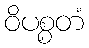
ဝိပစ္စတံ